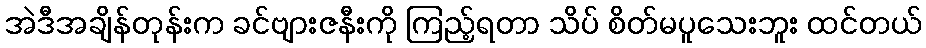
အဲဒီအချိန်တုန်းက ခင်ဗျားဇနီးကို ကြည့်ရတာ သိပ် စိတ်မပူသေးဘူး ထင်တယ်